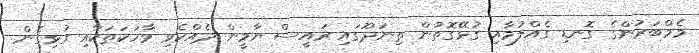
މެމްބަރުންގެ ގޮނޑި ގެއްލުމާއި ގުޅޭގޮތުން ތިނަދޫގައި ރައީސް ޔާމީން ދެއްކެވި ވާހަކަތަކާއި ގުޅިގެން